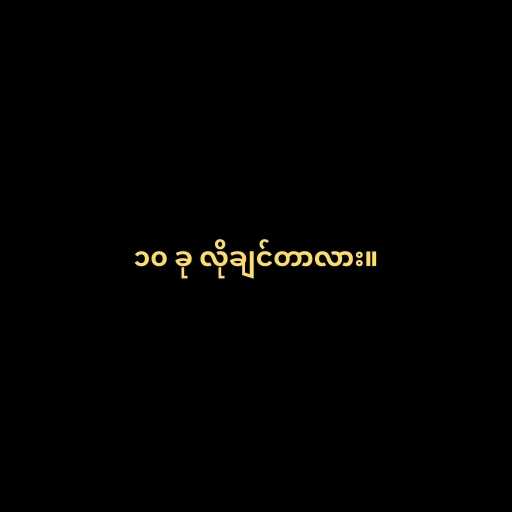
၁၀ ခု လိုချင်တာလား။